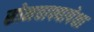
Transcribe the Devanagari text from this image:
सोनचाफ्यापेक्षा